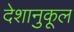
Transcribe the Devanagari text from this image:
देशानुकूल